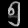
Digit: ၅